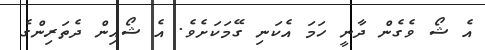
އެ ޝޯ ވެގެން ދާނީ ހަަމަ އެކަނި ގޭމަކަށެވެ. އެ ޝޯއިން ދެތަރިންގެ